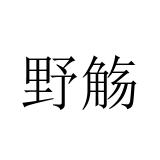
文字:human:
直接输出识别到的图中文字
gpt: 野觞